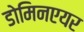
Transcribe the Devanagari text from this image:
डोमिनएयर